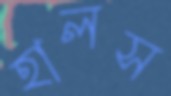
হালস